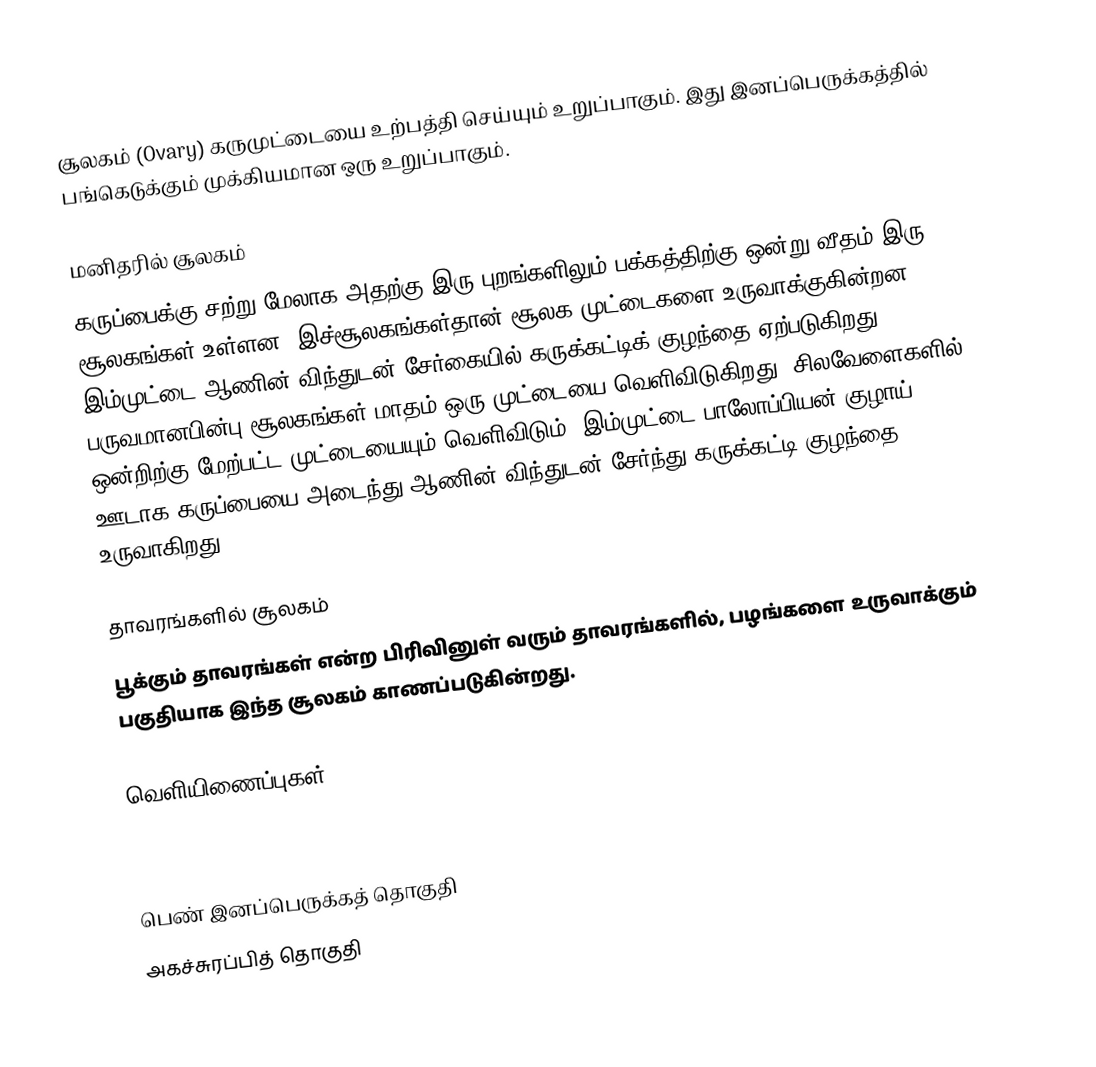
சூலகம் (Ovary) கருமுட்டையை உற்பத்தி செய்யும் உறுப்பாகும். இது இனப்பெருக்கத்தில் பங்கெடுக்கும் முக்கியமான ஒரு உறுப்பாகும்.

மனிதரில் சூலகம்
கருப்பைக்கு சற்று மேலாக அதற்கு இரு புறங்களிலும் பக்கத்திற்கு ஒன்று வீதம் இரு சூலகங்கள் உள்ளன. இச்சூலகங்கள்தான் சூலக முட்டைகளை உருவாக்குகின்றன. இம்முட்டை ஆணின் விந்துடன் சேர்கையில் கருக்கட்டிக் குழந்தை ஏற்படுகிறது. பருவமானபின்பு சூலகங்கள் மாதம் ஒரு முட்டையை வெளிவிடுகிறது. சிலவேளைகளில் ஒன்றிற்கு மேற்பட்ட முட்டையையும் வெளிவிடும். இம்முட்டை பாலோப்பியன் குழாய் ஊடாக கருப்பையை அடைந்து ஆணின் விந்துடன் சேர்ந்து கருக்கட்டி குழந்தை உருவாகிறது.

தாவரங்களில் சூலகம்
பூக்கும் தாவரங்கள் என்ற பிரிவினுள் வரும் தாவரங்களில், பழங்களை உருவாக்கும் பகுதியாக இந்த சூலகம் காணப்படுகின்றது.

வெளியிணைப்புகள்

 A Typical Fower

பெண் இனப்பெருக்கத் தொகுதி
அகச்சுரப்பித் தொகுதி